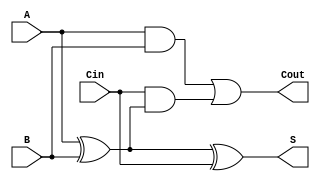
module full_adder (
    input  wire A,     // First input bit
    input  wire B,     // Second input bit
    input  wire Cin,   // Carry input
    output wire S,     // Sum output
    output wire Cout   // Carry output
);

// Sum calculation using XOR gates
assign S = A ^ B ^ Cin;

// Carry calculation
assign Cout = (A & B) | (Cin & (A ^ B));

endmodule